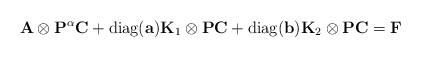
LaTeX: \begin{align*}\textbf{A}\otimes \textbf{P}^\alpha\textbf{C} +\textrm{diag}(\textbf{a})\textbf{K}_1\otimes \textbf{P}\textbf{C}+\textrm{diag}(\textbf{b})\textbf{K}_2\otimes \textbf{P}\textbf{C}=\textbf{F}\end{align*}